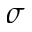
\sigma